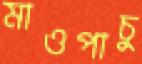
মাওপাচু